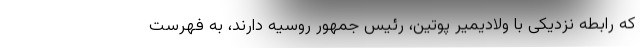
که رابطه نزدیکی با ولادیمیر پوتین، رئیس جمهور روسیه دارند، به فهرست